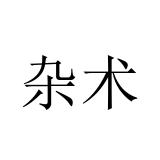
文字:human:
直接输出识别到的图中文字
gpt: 杂术